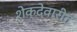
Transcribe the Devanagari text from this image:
शेक्देवारीत